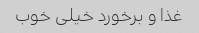
غذا و برخورد خیلی خوب